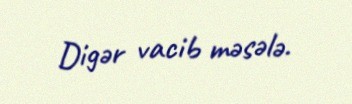
Digər vacib məsələ.